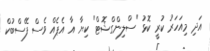
އަދި މިއަހަރު ކުރީ ކޮޅު "ސްލިންގްޝޮޓް" ކިޔާ އާ އެޕެއް ވެސް ފޭސްބުކް